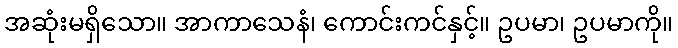
အဆုံးမရှိသော။ အာကာသေနံ၊ ကောင်းကင်နှင့်။ ဥပမာ၊ ဥပမာကို။